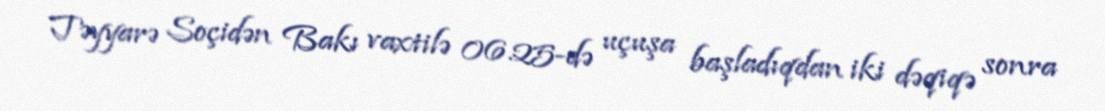
Təyyarə Soçidən Bakı vaxtilə 06.25-də uçuşa başladıqdan iki dəqiqə sonra